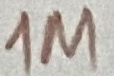
Text: 1M